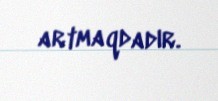
artmaqdadır.